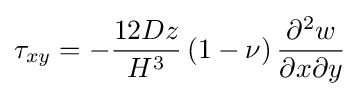
\tau _{xy}=-{\frac {12Dz}{H^{3}}}\left(1-\nu \right){\frac {\partial ^{2}w}{\partial x\partial y}}